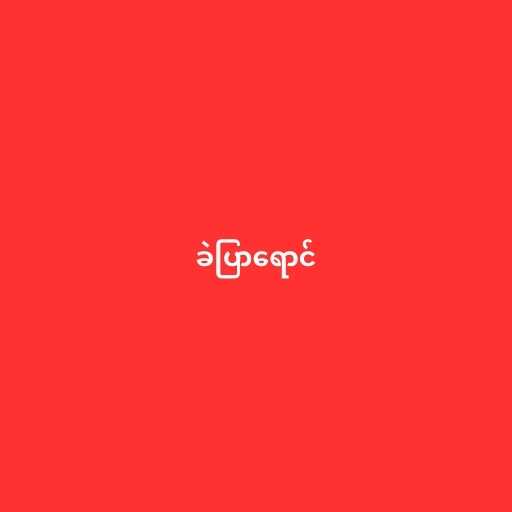
ခဲပြာရောင်